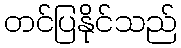
တင်ပြနိုင်သည်